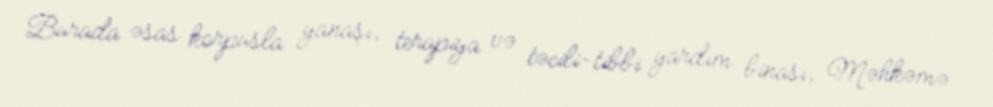
Burada əsas korpusla yanaşı, terapiya və təcili-tibbi yardım binası, Məhkəmə